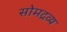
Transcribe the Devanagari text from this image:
सोमद्रव्य